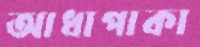
আধাপাকা